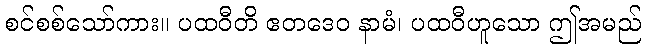
စင်စစ်သော်ကား။ ပထဝီတိ ဧတဒေဝ နာမံ၊ ပထဝီဟူသော ဤအမည်